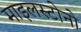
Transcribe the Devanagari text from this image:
माइलस्टोनो